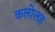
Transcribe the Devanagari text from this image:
कलोलह